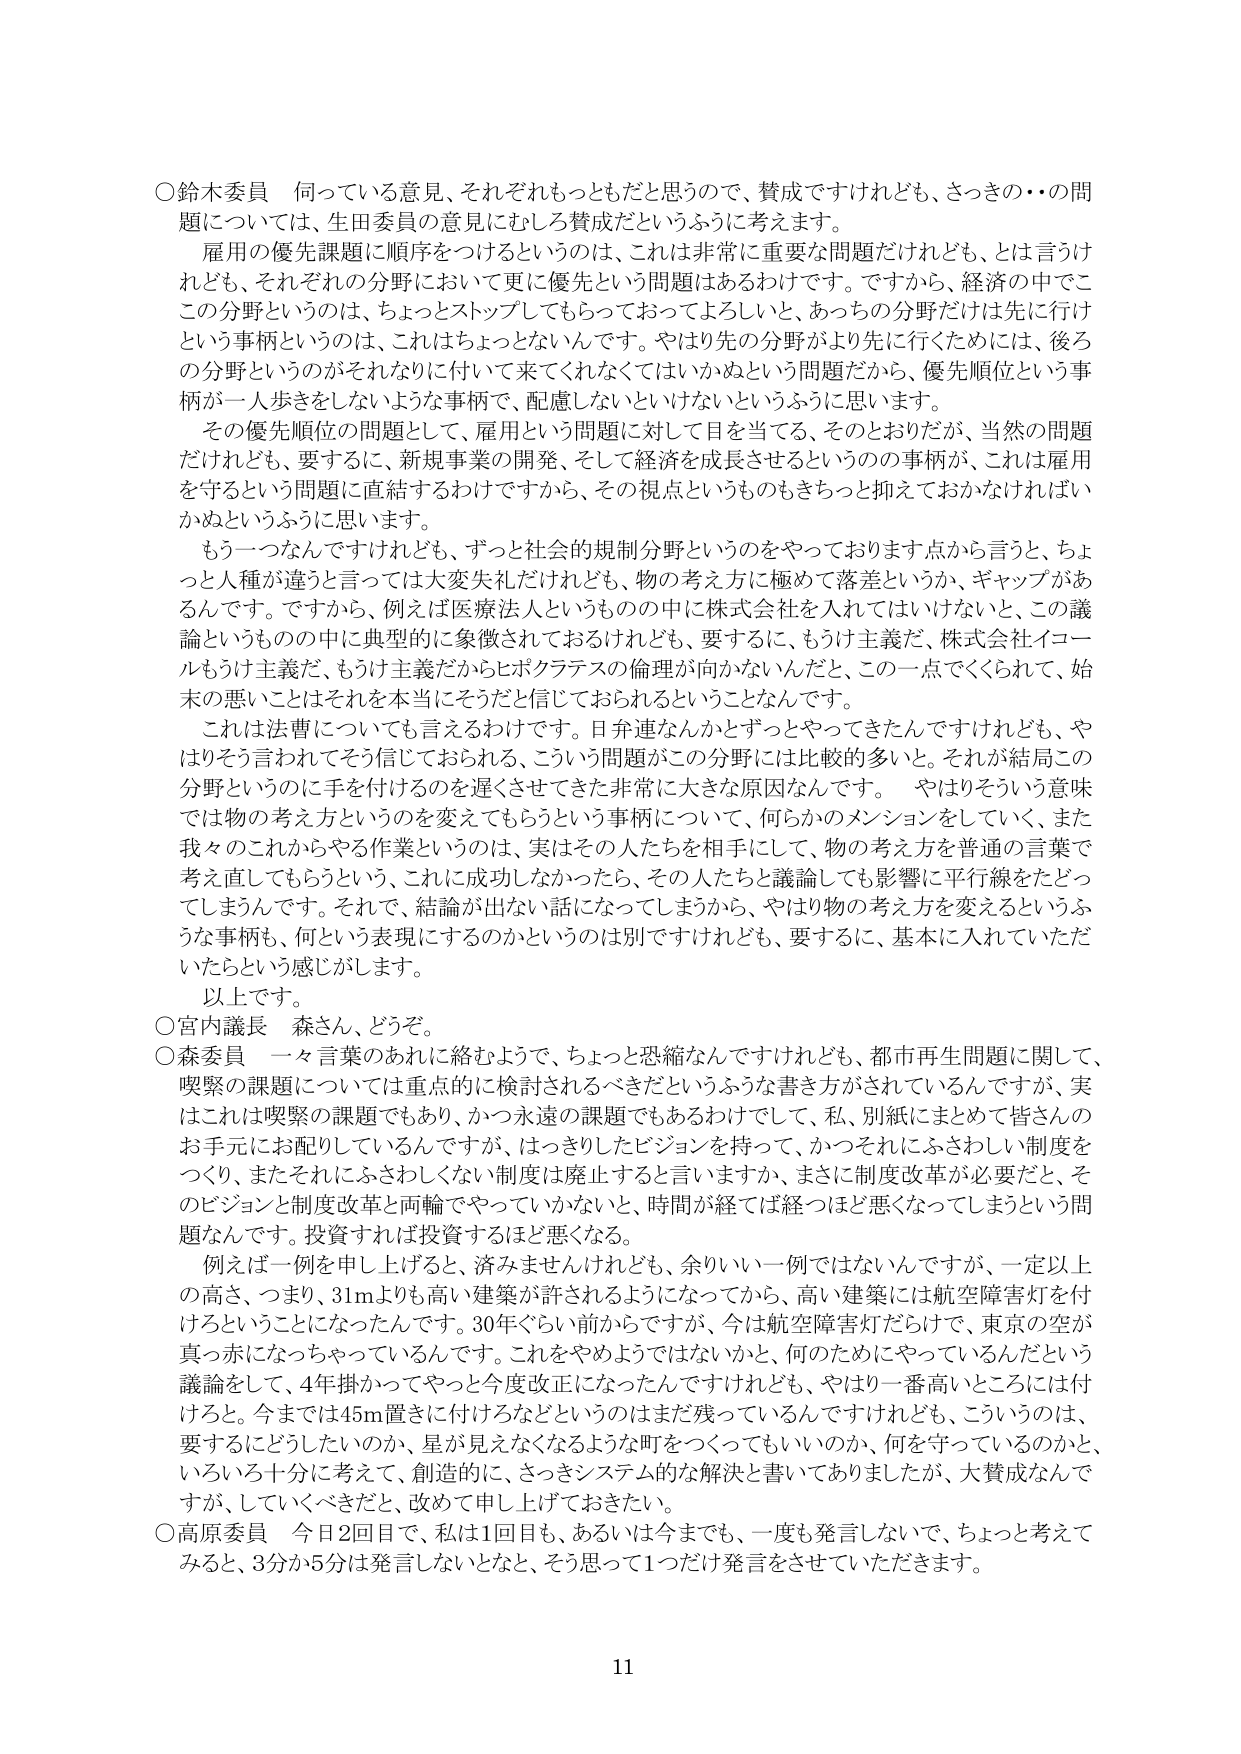
○鈴木委員　伺っている意見、それぞれもっともだと思うので、賛成ですけれども、さっきの・・の問題については、生田委員の意見にむしろ賛成だというふうに考えます。

　雇用の優先課題に順序をつけるというのは、これは非常に重要な問題だけれども、とは言うけれども、それぞれの分野において更に優先という問題はあるわけです。ですから、経済の中でこの分野というのは、ちょっとストップしてもらっておってよろしいと、あっちの分野だけは先に行けという事柄というのは、これはちょっとないんです。やはり先の分野がより先に行くためには、後ろの分野というのがそれなりに付いて来てくれなくてはいかぬという問題だから、優先順位という事柄が一人歩きをしないような事柄で、配慮しないといけないというふうに思います。

　その優先順位の問題として、雇用という問題に対して目を当てる、そのとおりだが、当然の問題だけれども、要するに、新規事業の開発、そして経済を成長させるというのの事柄が、これは雇用を守るという問題に直結するわけですから、その視点というのもきちっと抑えておかなければいかぬというふうに思います。

　もう一つなんですけれども、ずっと社会的規制分野というのをやっております点から言うと、ちょっと人種が違うと言っては大変失礼だけれども、物の考え方に極めて落差というか、ギャップがあるんです。ですから、例えば医療法人というものの中に株式会社を入れてはいけないと、この議論というものの中に典型的に象徴されておるけれども、要するに、もろけ主義だ、株式会社イコールもう主義だ、もろけ主義だからヒポクラテスの倫理が向かないんだと、この一点でくくられて、始末の悪いことはそれは本当にそうだと信じておられるということなんです。

　これは法曹についても言えるわけです。日弁連なんかとずっとやってきたんですけども、やはりそう言われてそう信じておられる、こういう問題がこの分野には比較的多いと。それが結局この分野というのに手を付けるのを遅くさせてきた非常に大きな原因なんです。　やはりそういう意味では物の考え方というのを変えてもらうという事柄について、何らかのメンションをしていく、また我々のこれからやる作業というのは、実はその人たちを相手にして、物の考え方を普通の言葉で考え直してもらうという、これに成功しなかったら、その人たちと議論しても影響に平行線をたどってしまうんです。それで、結論が出ない話になってしまうから、やはり物の考え方を変えるというふうな事柄も、何という表現にするのかというのは別ですけれども、要するに、基本に入れていただいたらという感じがします。

　以上です。

○宮内議長　森さん、どうぞ。

○森委員　一々言葉のあれに絡むようで、ちょっと恐縮なんですけれども、都市再生問題に関して、喫緊の課題については重点的に検討されるべきだというふうな書き方がされているんですが、実はこれは喫緊の課題でもあり、かつ永遠の課題でもあるわけでして、私、別紙にまとめて皆さんのお手元にお配りしているんですが、はっきりしたビジョンを持って、かつそれにふさわしい制度をつくり、またそれにふさわしくない制度は廃止すると言いますか、まさに制度改革が必要だと、そのビジョンと制度改革と両輪でやっていかないと、時間が経てば経つほど悪くなってしまうという問題なんです。投資すれば投資するほど悪くなる。

　例えば一例を申し上げると、済みませんけれども、余りいい一例ではないんですが、一定以上の高さ、つまり、31mよりも高い建築が許されるようになってから、高い建築には航空障害灯を付けるということになったんです。30年ぐらい前からですが、今は航空障害灯だらけで、東京の空が真っ赤になっちゃっているんです。これをやめようではないかと、何のためにやっているんだという議論をして、4年掛かってやっと今度改正になったんですけども、やはり一番高いところには付けると。今までは45m置きに付けるなどというのはまだ残っているんですけども、こういうのは、要するにどうしたいのか、星が見えなくなるような町をつくってもいいのか、何を守っているのかと、いろいろ十分に考えて、創造的に、さっきシステム的な解決と書いてありましたけど、大賛成なんです、していくべきだと、改めて申し上げておきたい。

○高原委員　今日2回目で、私は1回目も、あるいは今までも、一度も発言しないで、ちょっと考えてみると、3分か5分は発言しないとなと、そう思って1つだけ発言をさせていただきます。

11